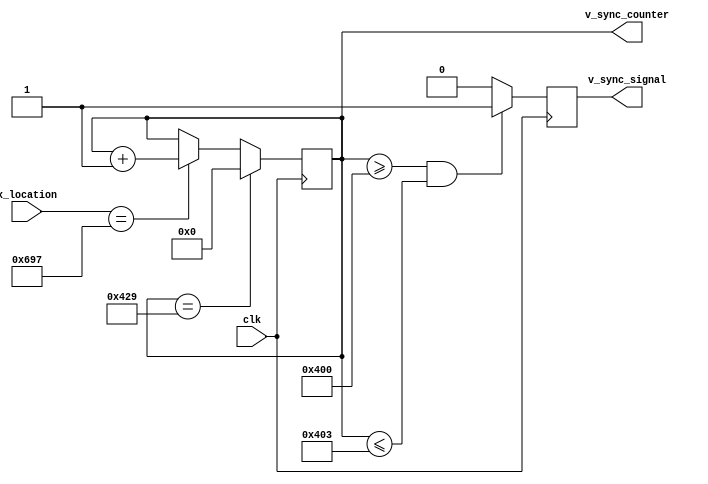
`ifndef _V_SYNC_
`define _V_SYNC_
module v_sync #(
    parameter V_RES= 1024,
    V_FRONT_PORCH = 1,
    V_SYNC_PULSE = 3,
    V_BACK_PORCH = 38,
    H_LIMIT = 1687
) (
    input clk,
    input [10:0] x_location,
    output reg v_sync_signal,
    output reg [10:0] v_sync_counter
);
    initial begin
        v_sync_signal = 1'b0;
        v_sync_counter = 11'b0;
    end

    // Maintain the vertical location of the currently active pixel
    always @(posedge clk) begin
        if(x_location == H_LIMIT)
            v_sync_counter <= v_sync_counter + 1;
        if(v_sync_counter == V_RES+V_FRONT_PORCH+V_SYNC_PULSE+V_BACK_PORCH - 1)
			v_sync_counter <= 11'b0;
    end

    // Wait for the right instant to set V_SYNC high
    always @(posedge clk) begin
        if(v_sync_counter >= (V_RES+V_FRONT_PORCH - 1) && v_sync_counter <= (V_RES+V_FRONT_PORCH+V_SYNC_PULSE - 1))
                v_sync_signal <= 1'b1;
        else
            v_sync_signal <= 1'b0;
    end
endmodule
`endif